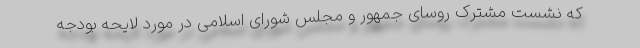
که نشست مشترک روسای جمهور و مجلس شورای اسلامی در مورد لایحه بودجه